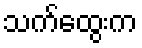
သက်ထွေးက